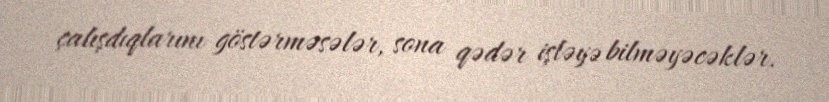
çalışdıqlarını göstərməsələr, sona qədər işləyə bilməyəcəklər.